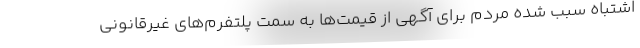
اشتباه سبب شده مردم برای آگهی از قیمت‌ها به سمت پلتفرم‌های غیرقانونی